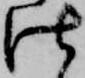
仕